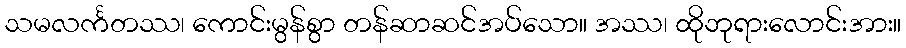
သမလင်္ကတဿ၊ ကောင်းမွန်စွာ တန်ဆာဆင်အပ်သော။ အဿ၊ ထိုဘုရားလောင်းအား။